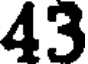
43